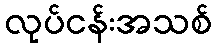
လုပ်ငန်းအသစ်